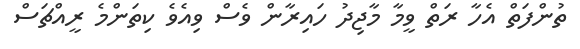
ތުންފަތް އެހާ ރަތް ވީމާ މާޖިދު ހައިރާން ވެސް ވިއެވެ ކިތަންމެ ރީއްޗަސް